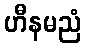
ဟီနမညံ